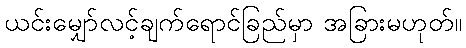
ယင်းမျှော်လင့်ချက်ရောင်ခြည်မှာ အခြားမဟုတ်။